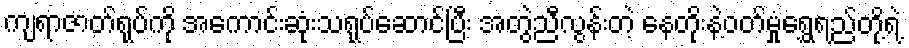
ကျရာဇာတ်ရုပ်ကို အကောင်းဆုံးသရုပ်ဆောင်ပြီး အတွဲညီလွန်းတဲ့ နေတိုးနဲ့ဝတ်မှုံရွှေရည်တို့ရဲ့